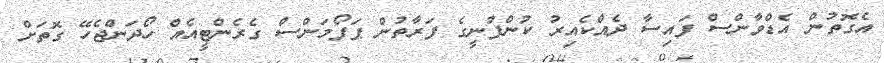
އެގޮތުން އެޑްވާންސް ފައިސާ ދެއްކެއިރު ކުންފުނީގެ ފަރާތުން ޕަފޯމަންސް ގެރެންޓީއެއް ހޯދަންޖެހޭ ގޮތަށް